Senior Leaving Certificate Examination (including Day School Certificate (Higher) General paper), 1949
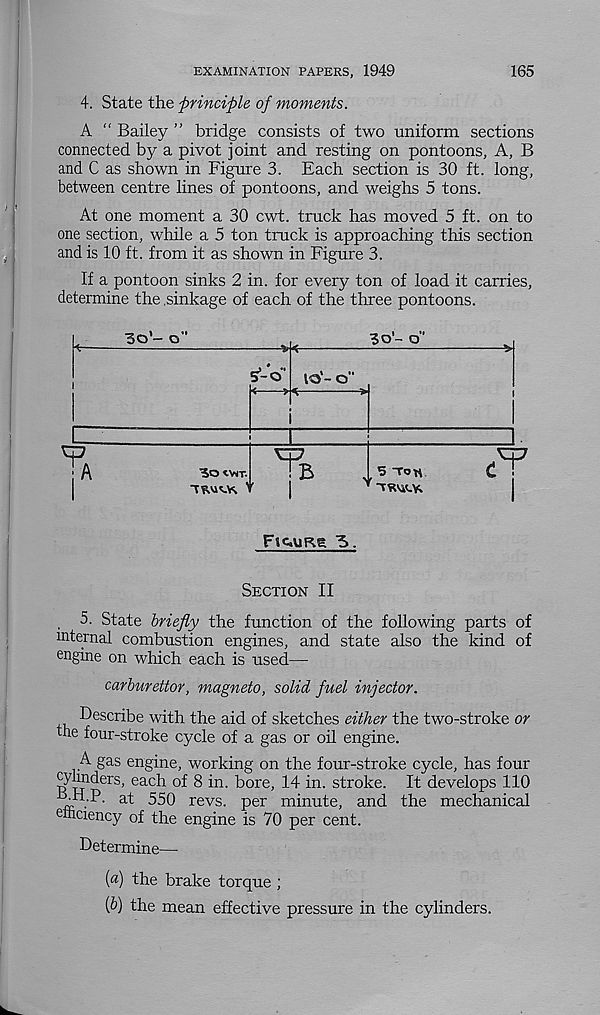
EXAMINATION PAPERS, 1949
165
4. State the principle of moments.
A “ Bailey ” bridge consists of two uniform sections
connected by a pivot joint and resting on pontoons, A, B
and C as shown in Figure 3. Each section is 30 ft. long,
between centre lines of pontoons, and weighs 5 tons.
At one moment a 30 cwt. truck has moved 5 ft. on to
one section, while a 5 ton truck is approaching this section
and is 10 ft. from it as shown in Figure 3.
If a pontoon sinks 2 in. for every ton of load it carries,
determine the .sinkage of each of the three pontoons.
3o’- o"
3o’- o"
S’-o'
<
>
lO - O
A
■ JO tVIT.
B
5 Ton
.F 7
FtQURe 3.
Section II
, 5. State briefly the function of the following parts of
internal combustion engines, and state also the kind of
engine on which each is used—
carburettor, magneto, solid fuel injector.
Describe with the aid of sketches either the two-stroke or
the four-stroke cycle of a gas or oil engine.
A gas engine, working on the four-stroke cycle, has four
cylinders, each of 8 in. bore, 14 in. stroke. It develops 110
BjthP- at 550 revs, per minute, and the mechanical
einciency of the engine is 70 per cent.
Determine—
(«) the brake torque ;
(b) the mean effective pressure in the cylinders.